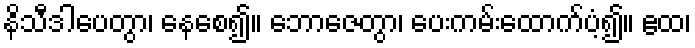
နိသီဒါပေတွာ၊ နေစေ၍။ ဘောဇေတွာ၊ ပေးကမ်းထောက်ပံ့၍။ ဧထ၊